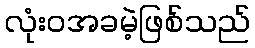
လုံးဝအခမဲ့ဖြစ်သည်